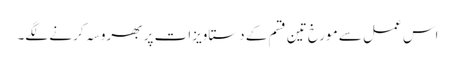
اس عمل سے مورخ تین قسم کے دستاویزات پر بھروسہ کرنے لگے۔